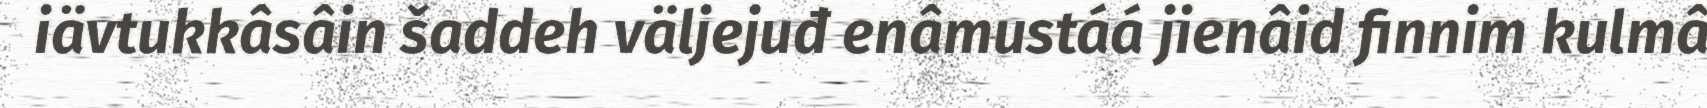
iävtukkâsâin šaddeh väljejuđ enâmustáá jienâid finnim kulmâ